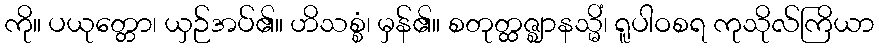
ကို။ ပယုတ္တော၊ ယှဉ်အပ်၏။ ဟိသစ္စံ၊ မှန်၏။ စတုတ္ထဇ္ဈာနသ္မိံ၊ ရူပါဝစရ ကုသိုလ်ကြိယာ